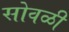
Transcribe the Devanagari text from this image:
सोवळी